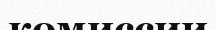
комиссии